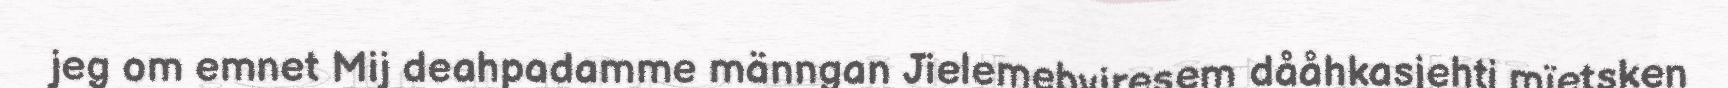
jeg om emnet Mij deahpadamme männgan Jielemebyjresem dååhkasjehti mïetsken